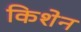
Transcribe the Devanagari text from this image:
किशेन